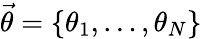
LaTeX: \vec{\theta}=\{ \theta_{1},\ldots,\theta_{N}\}